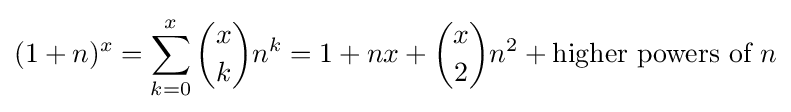
(1+n)^{x}=\sum _{k=0}^{x}{x \choose k}n^{k}=1+nx+{x \choose 2}n^{2}+{\text{higher powers of }}n